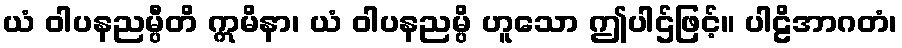
ယံ ဝါပနညမ္ပီတိ ဣမိနာ၊ ယံ ဝါပနညမ္ပိ ဟူသော ဤပါဌ်ဖြင့်။ ပါဠိအာဂတံ၊